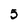
Character: 5